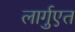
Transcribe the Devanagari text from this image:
लार्गुएत